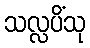
သလ္လပိံသု